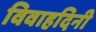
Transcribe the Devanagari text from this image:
विवाहदिनी